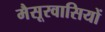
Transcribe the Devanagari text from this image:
मैसूरवासियों